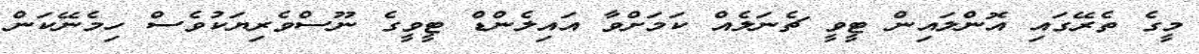
މީގެ ތެރޭގައި އޮންލައިން ޓީވީ ޗެނަލެއް ކަމަށްވާ އައިލެންޑް ޓީވީގެ ނޫސްވެރިޔަކުވެސް ހިމެނޭކަން